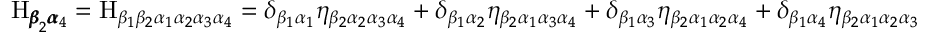
\mathrm { H } _ { { \pmb \beta } _ { 2 } { \pmb \alpha } _ { 4 } } = \mathrm { H } _ { \beta _ { 1 } \beta _ { 2 } \alpha _ { 1 } \alpha _ { 2 } \alpha _ { 3 } \alpha _ { 4 } } = \delta _ { \beta _ { 1 } \alpha _ { 1 } } \eta _ { \beta _ { 2 } \alpha _ { 2 } \alpha _ { 3 } \alpha _ { 4 } } + \delta _ { \beta _ { 1 } \alpha _ { 2 } } \eta _ { \beta _ { 2 } \alpha _ { 1 } \alpha _ { 3 } \alpha _ { 4 } } + \delta _ { \beta _ { 1 } \alpha _ { 3 } } \eta _ { \beta _ { 2 } \alpha _ { 1 } \alpha _ { 2 } \alpha _ { 4 } } + \delta _ { \beta _ { 1 } \alpha _ { 4 } } \eta _ { \beta _ { 2 } \alpha _ { 1 } \alpha _ { 2 } \alpha _ { 3 } }